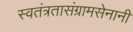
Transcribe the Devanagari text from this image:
स्वतंत्रतासंग्रामसेनानी